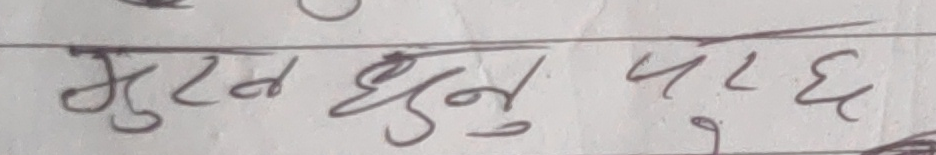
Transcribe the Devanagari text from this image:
भुटन धुनु पाएछ